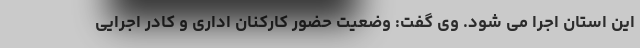
این استان اجرا می شود. وی گفت: وضعیت حضور کارکنان اداری و کادر اجرایی